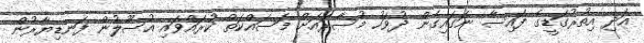
އަދި އިތުރުގަޑީގެ ފައިސާ ނަގައިގެން ދުވަހު މުސާރައަށް މަސައްކަތް ކުރައްވައި އުސޫލުން ފަނޑިޔާރުން